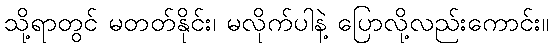
သို့ရာတွင် မတတ်နိုင်း၊ မလိုက်ပါနဲ့ ပြောလို့လည်းကောင်း။